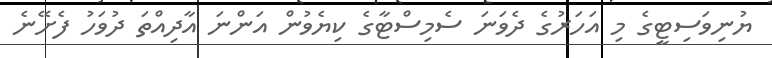
ޔުނިވަސިޓީގެ މި އަހަރުގެ ދެވަނަ ސެމިސްޓާގެ ކިޔެވުން އަންނަ އާދިއްތަ ދުވަހު ފެށޭނެ